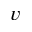
\boldsymbol { v }